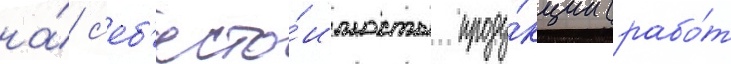
на́ с'еб'есто́имость проду́кции (рабо́т